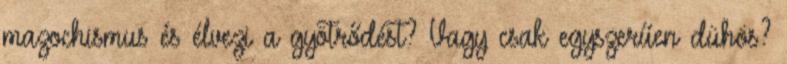
mazochismus és élvezi a gyötrődést? Vagy csak egyszerűen dühös?